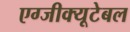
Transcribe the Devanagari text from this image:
एग्जीक्यूटेबल